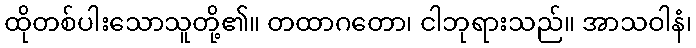
ထိုတစ်ပါးသောသူတို့၏။ တထာဂတော၊ ငါဘုရားသည်။ အာသဝါနံ၊